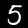
Label: 5